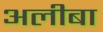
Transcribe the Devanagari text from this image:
अलीबा